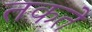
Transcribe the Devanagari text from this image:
तकते